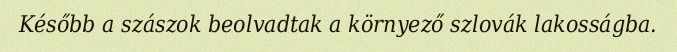
Később a szászok beolvadtak a környező szlovák lakosságba.